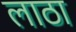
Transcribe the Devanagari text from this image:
लाठा